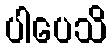
ပါပေသိ